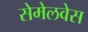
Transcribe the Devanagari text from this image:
सेमेलवेस